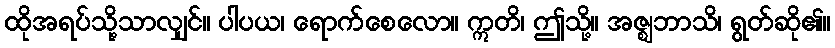
ထိုအရပ်သို့သာလျှင်။ ပါပယ၊ ရောက်စေလော။ ဣတိ၊ ဤသို့။ အဇ္ဈဘာသိ၊ ရွတ်ဆို၏။